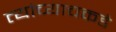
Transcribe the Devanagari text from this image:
त्यांच्याचकडे